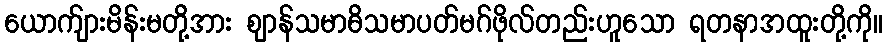
ယောက်ျားမိန်းမတို့အား ဈာန်သမာဓိသမာပတ်မဂ်ဖိုလ်တည်းဟူသော ရတနာအထူးတို့ကို။